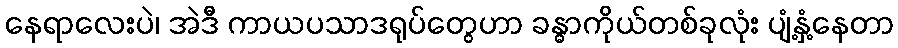
နေရာလေးပဲ၊ အဲဒီ ကာယပသာဒရုပ်တွေဟာ ခန္ဓာကိုယ်တစ်ခုလုံး ပျံ့နှံ့နေတာ